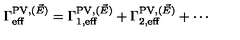
\Gamma _ { \mathrm { e f f } } ^ { \mathrm { P V } , ( \vec { E } ) } = \Gamma _ { 1 , \mathrm { e f f } } ^ { \mathrm { P V } , ( \vec { E } ) } + \Gamma _ { 2 , \mathrm { e f f } } ^ { \mathrm { P V } , ( \vec { E } ) } + \cdots